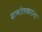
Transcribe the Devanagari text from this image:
दाभोलकरांना